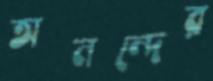
অনন্দের